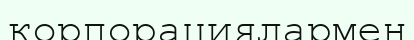
корпорациялармен